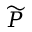
\widetilde { P }